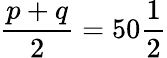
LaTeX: {\frac{p+q}{2}}=50{\frac{1}{2}}